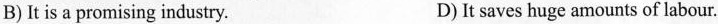
B)It is a promising industry. D)It saves huge amounts of labour.